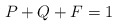
\begin{align*}P+Q+F=1\end{align*}